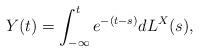
LaTeX: \begin{align*} Y(t)=\int_{-\infty }^{t}e^{-(t-s)}dL^{X}(s),\end{align*}